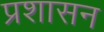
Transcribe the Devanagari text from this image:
प्रशासन